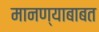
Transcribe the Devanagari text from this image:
मानण्याबाबत